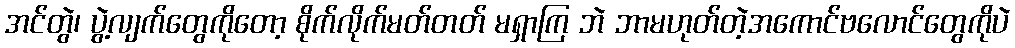
အင်တွဲ၊ ပွဲ့လျက်တွေကိုတော့ စိုက်လိုက်မတ်တတ် မရှာကြ ဘဲ ဘာမဟုတ်တဲ့အကောင်ဗလောင်တွေကိုပဲ